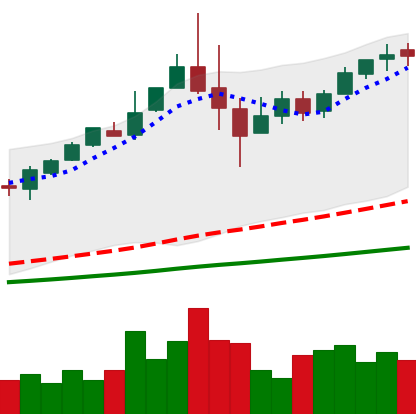
Ticker: BTC-USD
Chart end date: 2017-06-04
Forward return: 12.421%
Label: up_7plus